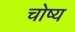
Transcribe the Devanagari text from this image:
चोष्य